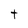
Character: t